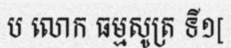
ប លោក ធម្មសូត្រ ទី១[